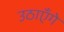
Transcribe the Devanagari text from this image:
उठाएँगे